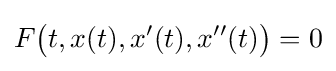
F{\bigl (}t,x(t),x'(t),x''(t){\bigr )}=0